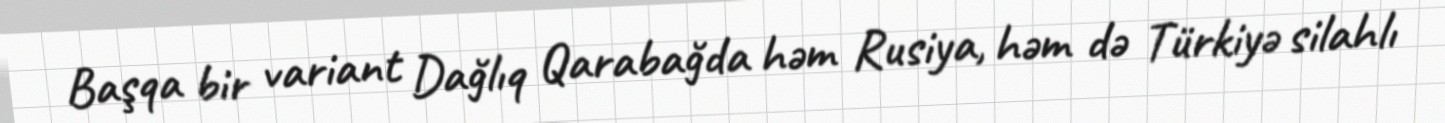
Başqa bir variant Dağlıq Qarabağda həm Rusiya, həm də Türkiyə silahlı